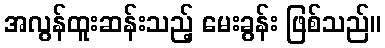
အလွန်ထူးဆန်းသည့် မေးခွန်း ဖြစ်သည်။